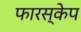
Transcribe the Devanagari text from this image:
फारस्केप